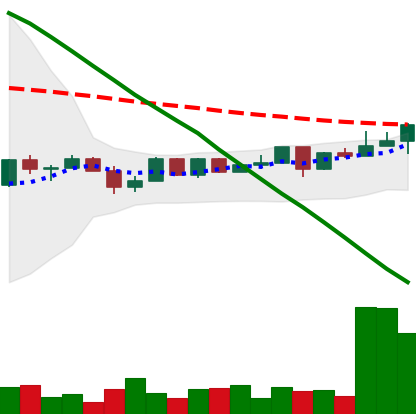
Ticker: NEO-USD
Chart end date: 2022-12-12
Forward return: -10.015%
Label: down_7plus